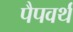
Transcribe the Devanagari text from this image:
पैपवर्थ